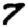
Digit: 7